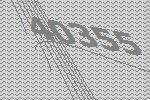
40355